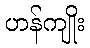
ဟန်ကျိုး